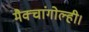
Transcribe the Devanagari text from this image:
मैक्चांगोल्ही।